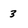
Character: 3